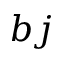
b j